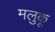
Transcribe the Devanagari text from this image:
मलुकू